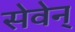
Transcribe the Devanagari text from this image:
सेवेन्